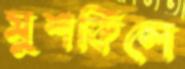
মুশকিলে